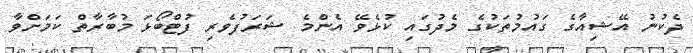
ދެކުނު އޭޝިއާގެ ގައުމުތަކުގެ މެދުގައި ކުޅެވޭ އެންމެ ޝަރަފުވެރި ފުޓްބޯޅަ މުބާރާތް ކަމަށްވާ